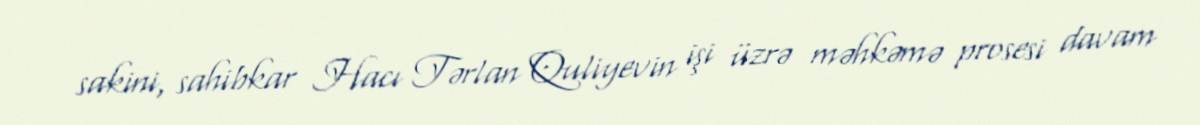
sakini, sahibkar Hacı Tərlan Quliyevin işi üzrə məhkəmə prosesi davam